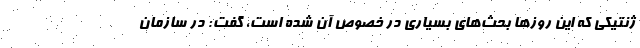
ژنتیکی که این روزها بحث‌های بسیاری در خصوص آن شده است، گفت: در سازمان